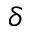
\delta